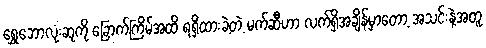
ရွှေဘောလုံးဆုကို ခြောက်ကြိမ်အထိ ရရှိထားခဲ့တဲ့ မက်ဆီဟာ လက်ရှိအချိန်မှာတော့ အသင်းနဲ့အတူ